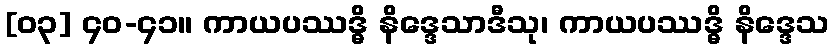
[၀၃] ၄၀-၄၁။ ကာယပဿဒ္ဓိ နိဒ္ဒေသာဒီသု၊ ကာယပဿဒ္ဓိ နိဒ္ဒေသ